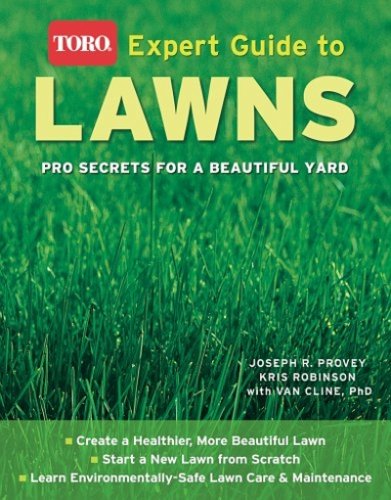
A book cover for Expert Guide to  Lawns (Toro): Pro Secrets for a Beautiful Yard; Joseph Provey Mr.; Crafts, Hobbies & Home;